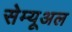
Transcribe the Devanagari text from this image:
सेम्यूअल